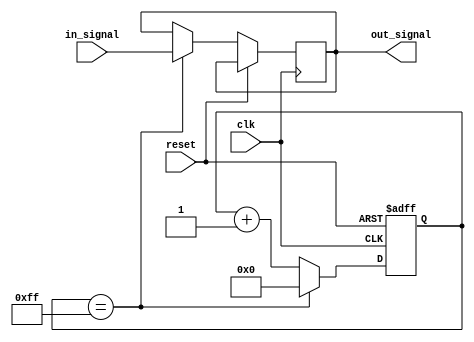
module RC_Delay (
    input wire clk,
    input wire reset,
    input wire in_signal,
    output wire out_signal
);

reg [7:0] delay_counter;

always @ (posedge clk or posedge reset) begin
    if (reset) begin
        delay_counter <= 8'b0;
    end else begin
        if (delay_counter == 8'b11111111) begin
            out_signal <= in_signal;
            delay_counter <= 8'b0;
        end else begin
            delay_counter <= delay_counter + 1;
        end
    end
end

endmodule